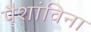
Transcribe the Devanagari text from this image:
पैशांविना